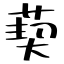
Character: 葜